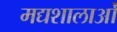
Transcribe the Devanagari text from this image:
मद्यशालाओं